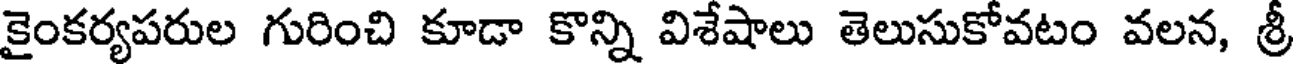
కైంకర్యపరుల గురించి కూడా కొన్ని విశేషాలు తెలుసుకోవటం వలన, శ్రీ